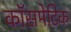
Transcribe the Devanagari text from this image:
कॉसमेटिक